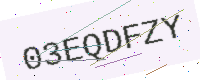
Text: 03EQDFZY